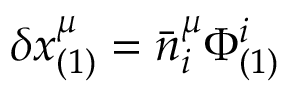
\delta x _ { ( 1 ) } ^ { \mu } = \bar { n } _ { i } ^ { \mu } \Phi _ { ( 1 ) } ^ { i }